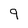
Character: 9